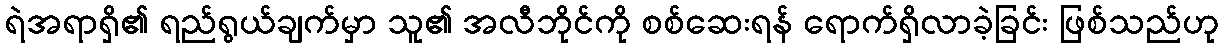
ရဲအရာရှိ၏ ရည်ရွယ်ချက်မှာ သူ၏ အလီဘိုင်ကို စစ်ဆေးရန် ရောက်ရှိလာခဲ့ခြင်း ဖြစ်သည်ဟု